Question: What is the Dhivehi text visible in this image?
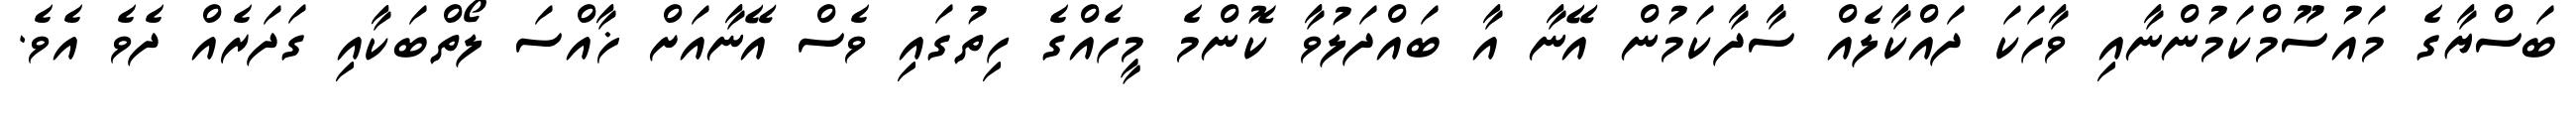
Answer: ބަސްޔާގެ މައުސޫމްކަމުންނާއި ވާހަކަ ދައްކާލެއް ސާދާކަމުން އޭނާ އާ ބައްދަލުވާ ކޮންމެ މީހެއްގެ ހިތުގައި ވެސް އޭނާއަށް ޚާއްސަ ލޯތްބަކާއި ގަދަރެއް ދެވެ އެވެ.